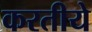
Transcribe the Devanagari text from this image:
करतीये